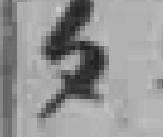
*